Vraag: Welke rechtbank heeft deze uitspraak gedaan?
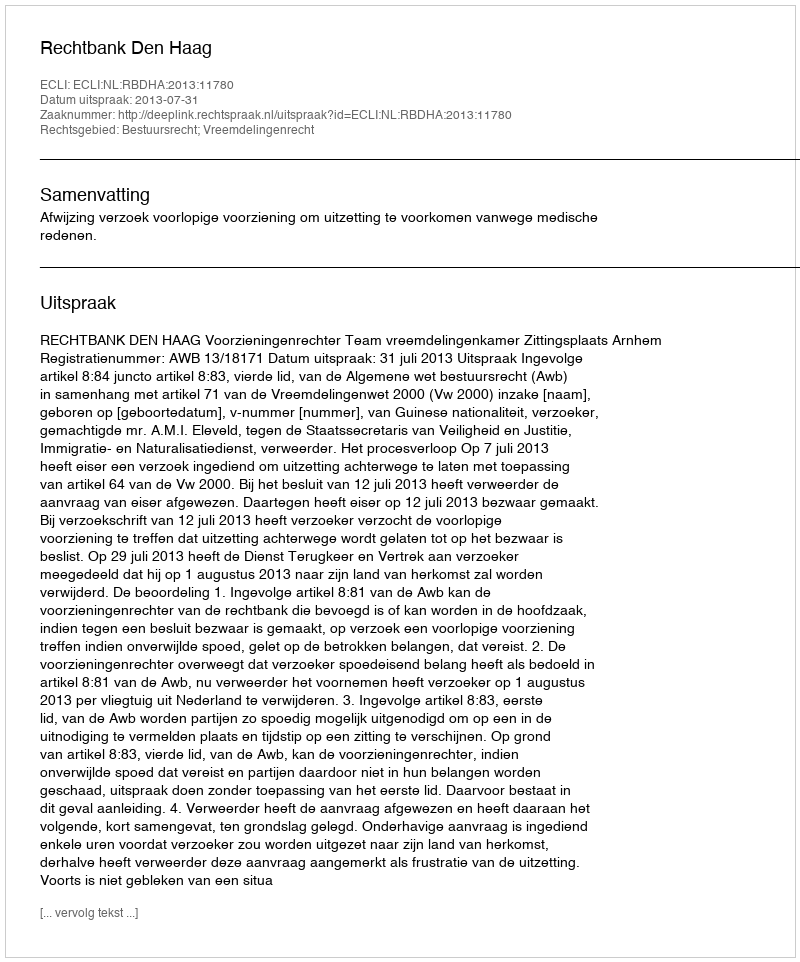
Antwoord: Rechtbank Den Haag